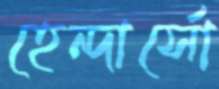
হেন্দার্সো